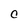
Character: C